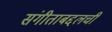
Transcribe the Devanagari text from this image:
संगीताबद्दलची